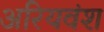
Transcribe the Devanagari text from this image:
अरियवंश